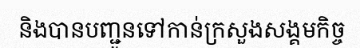
និងបានបញ្ជូនទៅកាន់ក្រសួងសង្គមកិច្ច